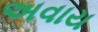
અવાય